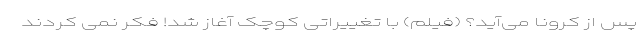
پس از کرونا می‌آید؟ (فیلم) با تغییراتی کوچک آغاز شد! فکر نمی کردند